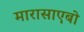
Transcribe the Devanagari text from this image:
मारासाएबो